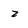
Character: z